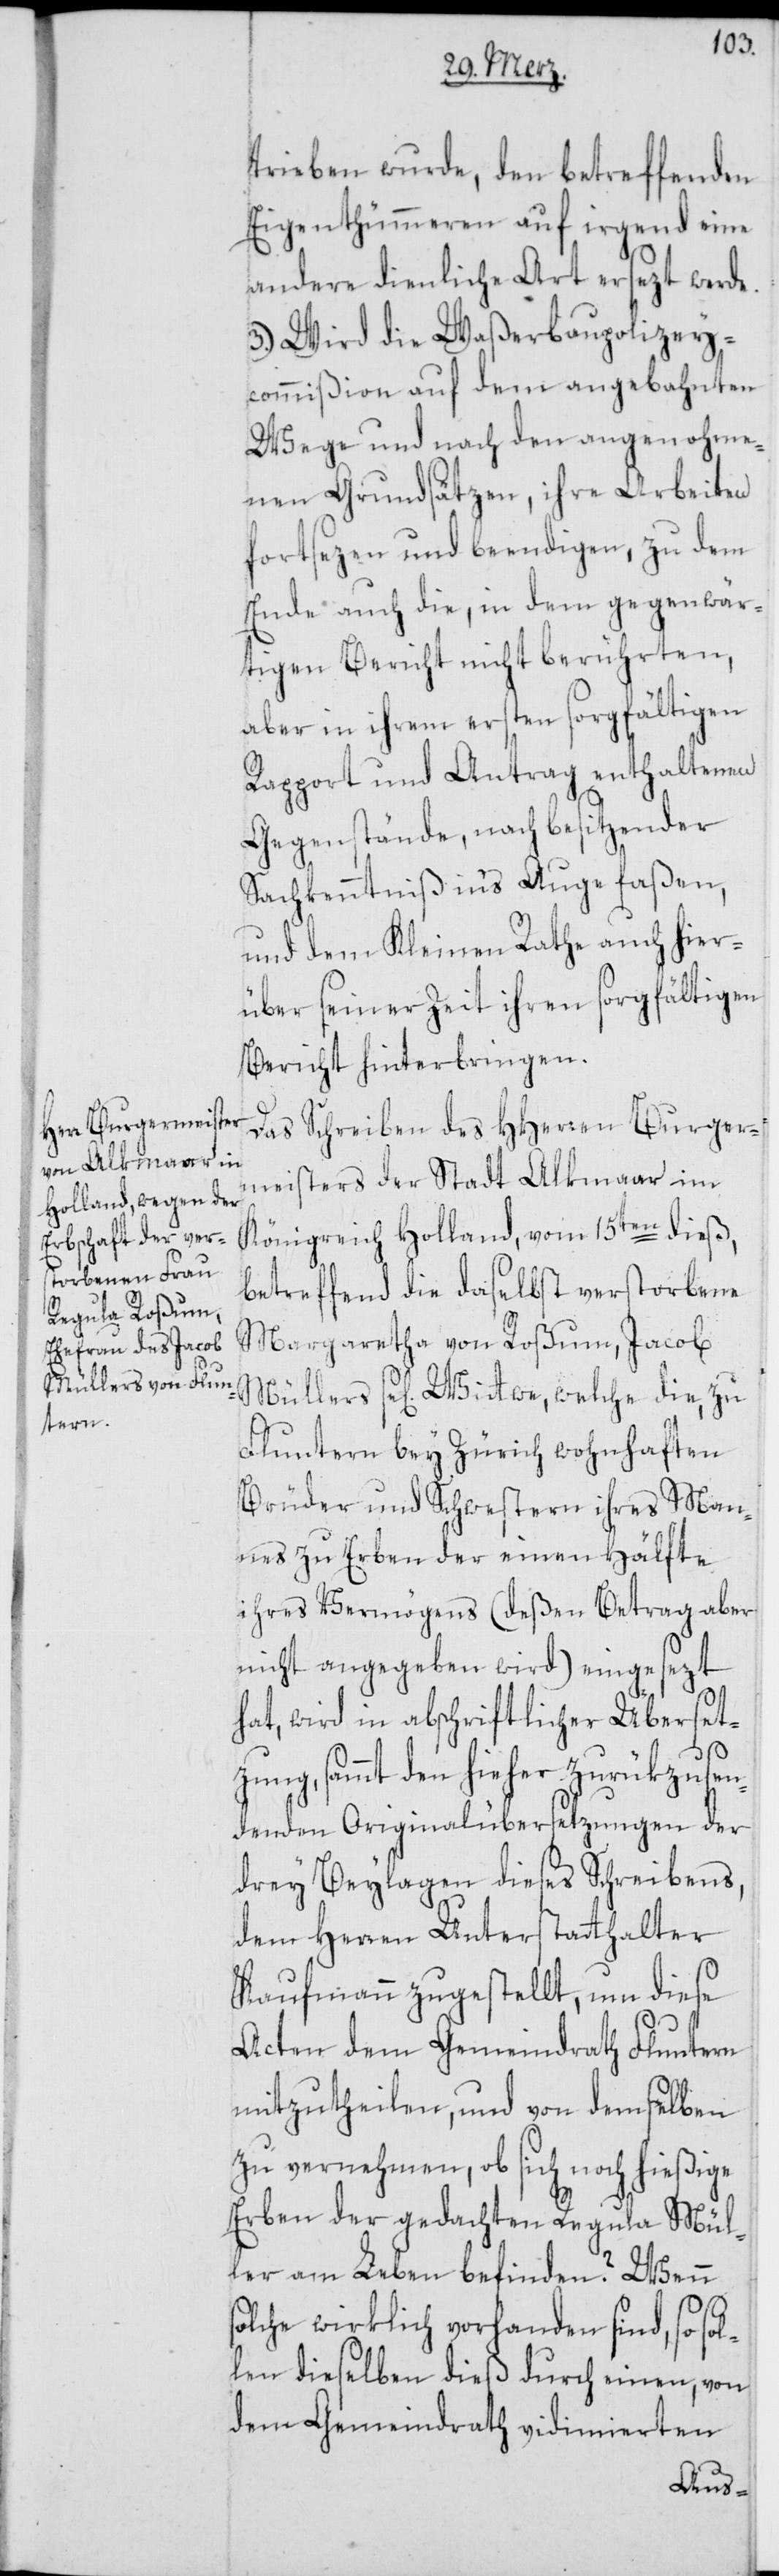
trieben wurde, den betreffenden
Eigenthümmeren auf irgend eine
andere dienliche Art ersezt werde.
3.) Wird die Waßerbaupolizey¬
commißion auf dem angebahnten
Wege und nach den angenohme¬
nen Grundsätzen, ihre Arbeiten
fortsezen und beendigen, zu dem
Ende auch die, in dem gegenwär¬
tigen Bericht nicht berührten,
aber in ihrem ersten sorgfältigen
Rapport und Antrag enthaltenen
Gegenstände, nach besitzender
Sachkenntniß in's Auge faßen,
und dem Kleinen Rathe auch hier¬
über seiner Zeit ihren sorgfältigen
Bericht hinterbringen.
Das Schreiben des HHerren Burger¬
meisters der Stadt Alkmaar im
Königreich Holland, vom 15ten dieß,
betreffend die daselbst verstorbene
Margaretha von Roßum, Jacob
Müllers se[lig] Wittwe, welche die, zu
Fluntern bey Zürich wohnhaften
Brüder und Schwestern ihres Man¬
nes zu Erben der einen Hälfte
ihres Vermögens (deßen Betrag aber
nicht angegeben wird) eingesezt
hat, wird in abschriftlicher Überset¬
zung, sammt den hieher zurükzusen¬
denden Originalübersetzungen der
drey Beylagen dieses Schreibens,
dem Herren Unterstatthalter
Kaufmann zugestellt, um diese
Acten dem Gemeindrath Fluntern
mitzutheilen, und von demselben
zu vernehmen, ob sich noch hießige
Erben der gedachten Regula Mül¬
ler am Leben befinden? Wenn
olche wirklich vorhanden sind, so sol¬
len dieselben dieß durch einen, von
dem Gemeindrath vidimierten
s¬